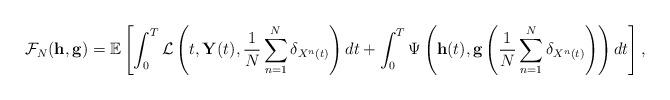
LaTeX: \begin{align*}\mathcal{F}_N(\mathbf{h},\mathbf{g})=\mathbb{E}\left[\int_0^T \mathcal{L}\left(t,\mathbf{Y}(t),\frac{1}{N}\sum_{n=1}^{N}\delta_{X^n(t)}\right)dt+\int_0^T \Psi\left(\mathbf{h}(t),\mathbf{g}\left(\frac{1}{N}\sum_{n=1}^{N}\delta_{X^n(t)}\right)\right)dt\right],\end{align*}